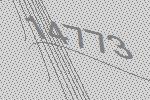
14773